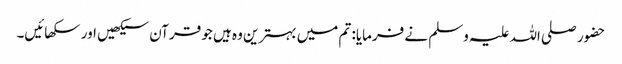
حضور صلی اللہ علیہ وسلم نے فرمایا: تم میں بہترین وہ ہیں جو قرآن سیکھیں اور سکھائیں۔